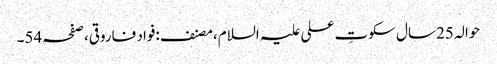
حوالہ 25سال سکوتِ علی علیہ السلام،مصنف:فواد فاروقی،صفحہ54۔